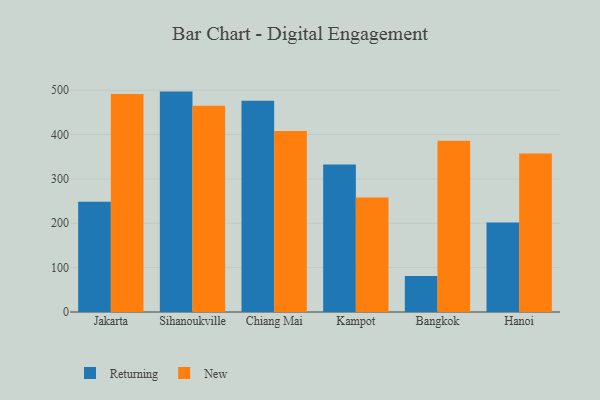
{"axis": {"x": "City", "y": "Net Income (USD K)"}, "legend": ["New", "Returning"], "data": [{"x": "Jakarta", "y": 248.7, "type": "Returning"}, {"x": "Jakarta", "y": 491.3, "type": "New"}, {"x": "Sihanoukville", "y": 496.7, "type": "Returning"}, {"x": "Sihanoukville", "y": 465.0, "type": "New"}, {"x": "Chiang Mai", "y": 475.9, "type": "Returning"}, {"x": "Chiang Mai", "y": 408.1, "type": "New"}, {"x": "Kampot", "y": 332.3, "type": "Returning"}, {"x": "Kampot", "y": 258.0, "type": "New"}, {"x": "Bangkok", "y": 81.4, "type": "Returning"}, {"x": "Bangkok", "y": 386.2, "type": "New"}, {"x": "Hanoi", "y": 201.9, "type": "Returning"}, {"x": "Hanoi", "y": 357.2, "type": "New"}]}